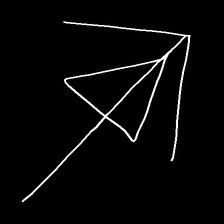
Glyph: pull